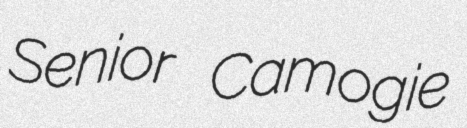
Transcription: Senior Camogie